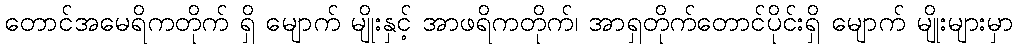
တောင်အမေရိကတိုက် ရှိ မျောက် မျိုးနှင့် အာဖရိကတိုက်၊ အာရှတိုက်တောင်ပိုင်းရှိ မျောက် မျိုးများမှာ